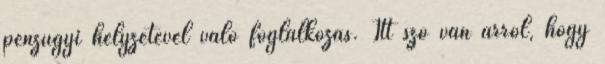
pénzügyi helyzetével való foglalkozás. Itt szó van arról, hogy